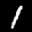
Label: 1